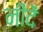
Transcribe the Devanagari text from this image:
नींदें